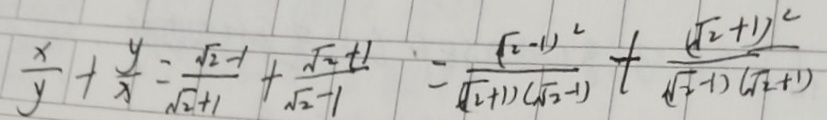
\frac { x } { y } + \frac { y } { x } = \frac { \sqrt { 2 } - 1 } { \sqrt { 2 } + 1 } + \frac { \sqrt { 2 } + 1 } { \sqrt { 2 } - 1 } = \frac { ( \sqrt { 2 } - 1 ) ^ { 2 } } { ( \sqrt { 2 } + 1 ) ( \sqrt { 2 } - 1 ) } + \frac { ( \sqrt { 2 } + 1 ) ^ { 2 } } { ( \sqrt { 2 } - 1 ) ( \sqrt { 2 } + 1 ) }